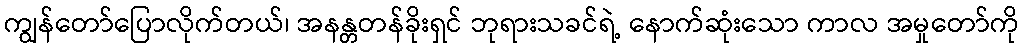
ကျွန်တော်ပြောလိုက်တယ်၊ အနန္တတန်ခိုးရှင် ဘုရားသခင်ရဲ့ နောက်ဆုံးသော ကာလ အမှုတော်ကို